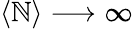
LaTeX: \langle\mathbb{N}\rangle\longrightarrow\infty